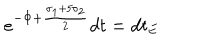
e ^ { - \Phi + \frac { \sigma _ { 1 } + 5 \sigma _ { 2 } } { 2 } } d t = d t _ { E }